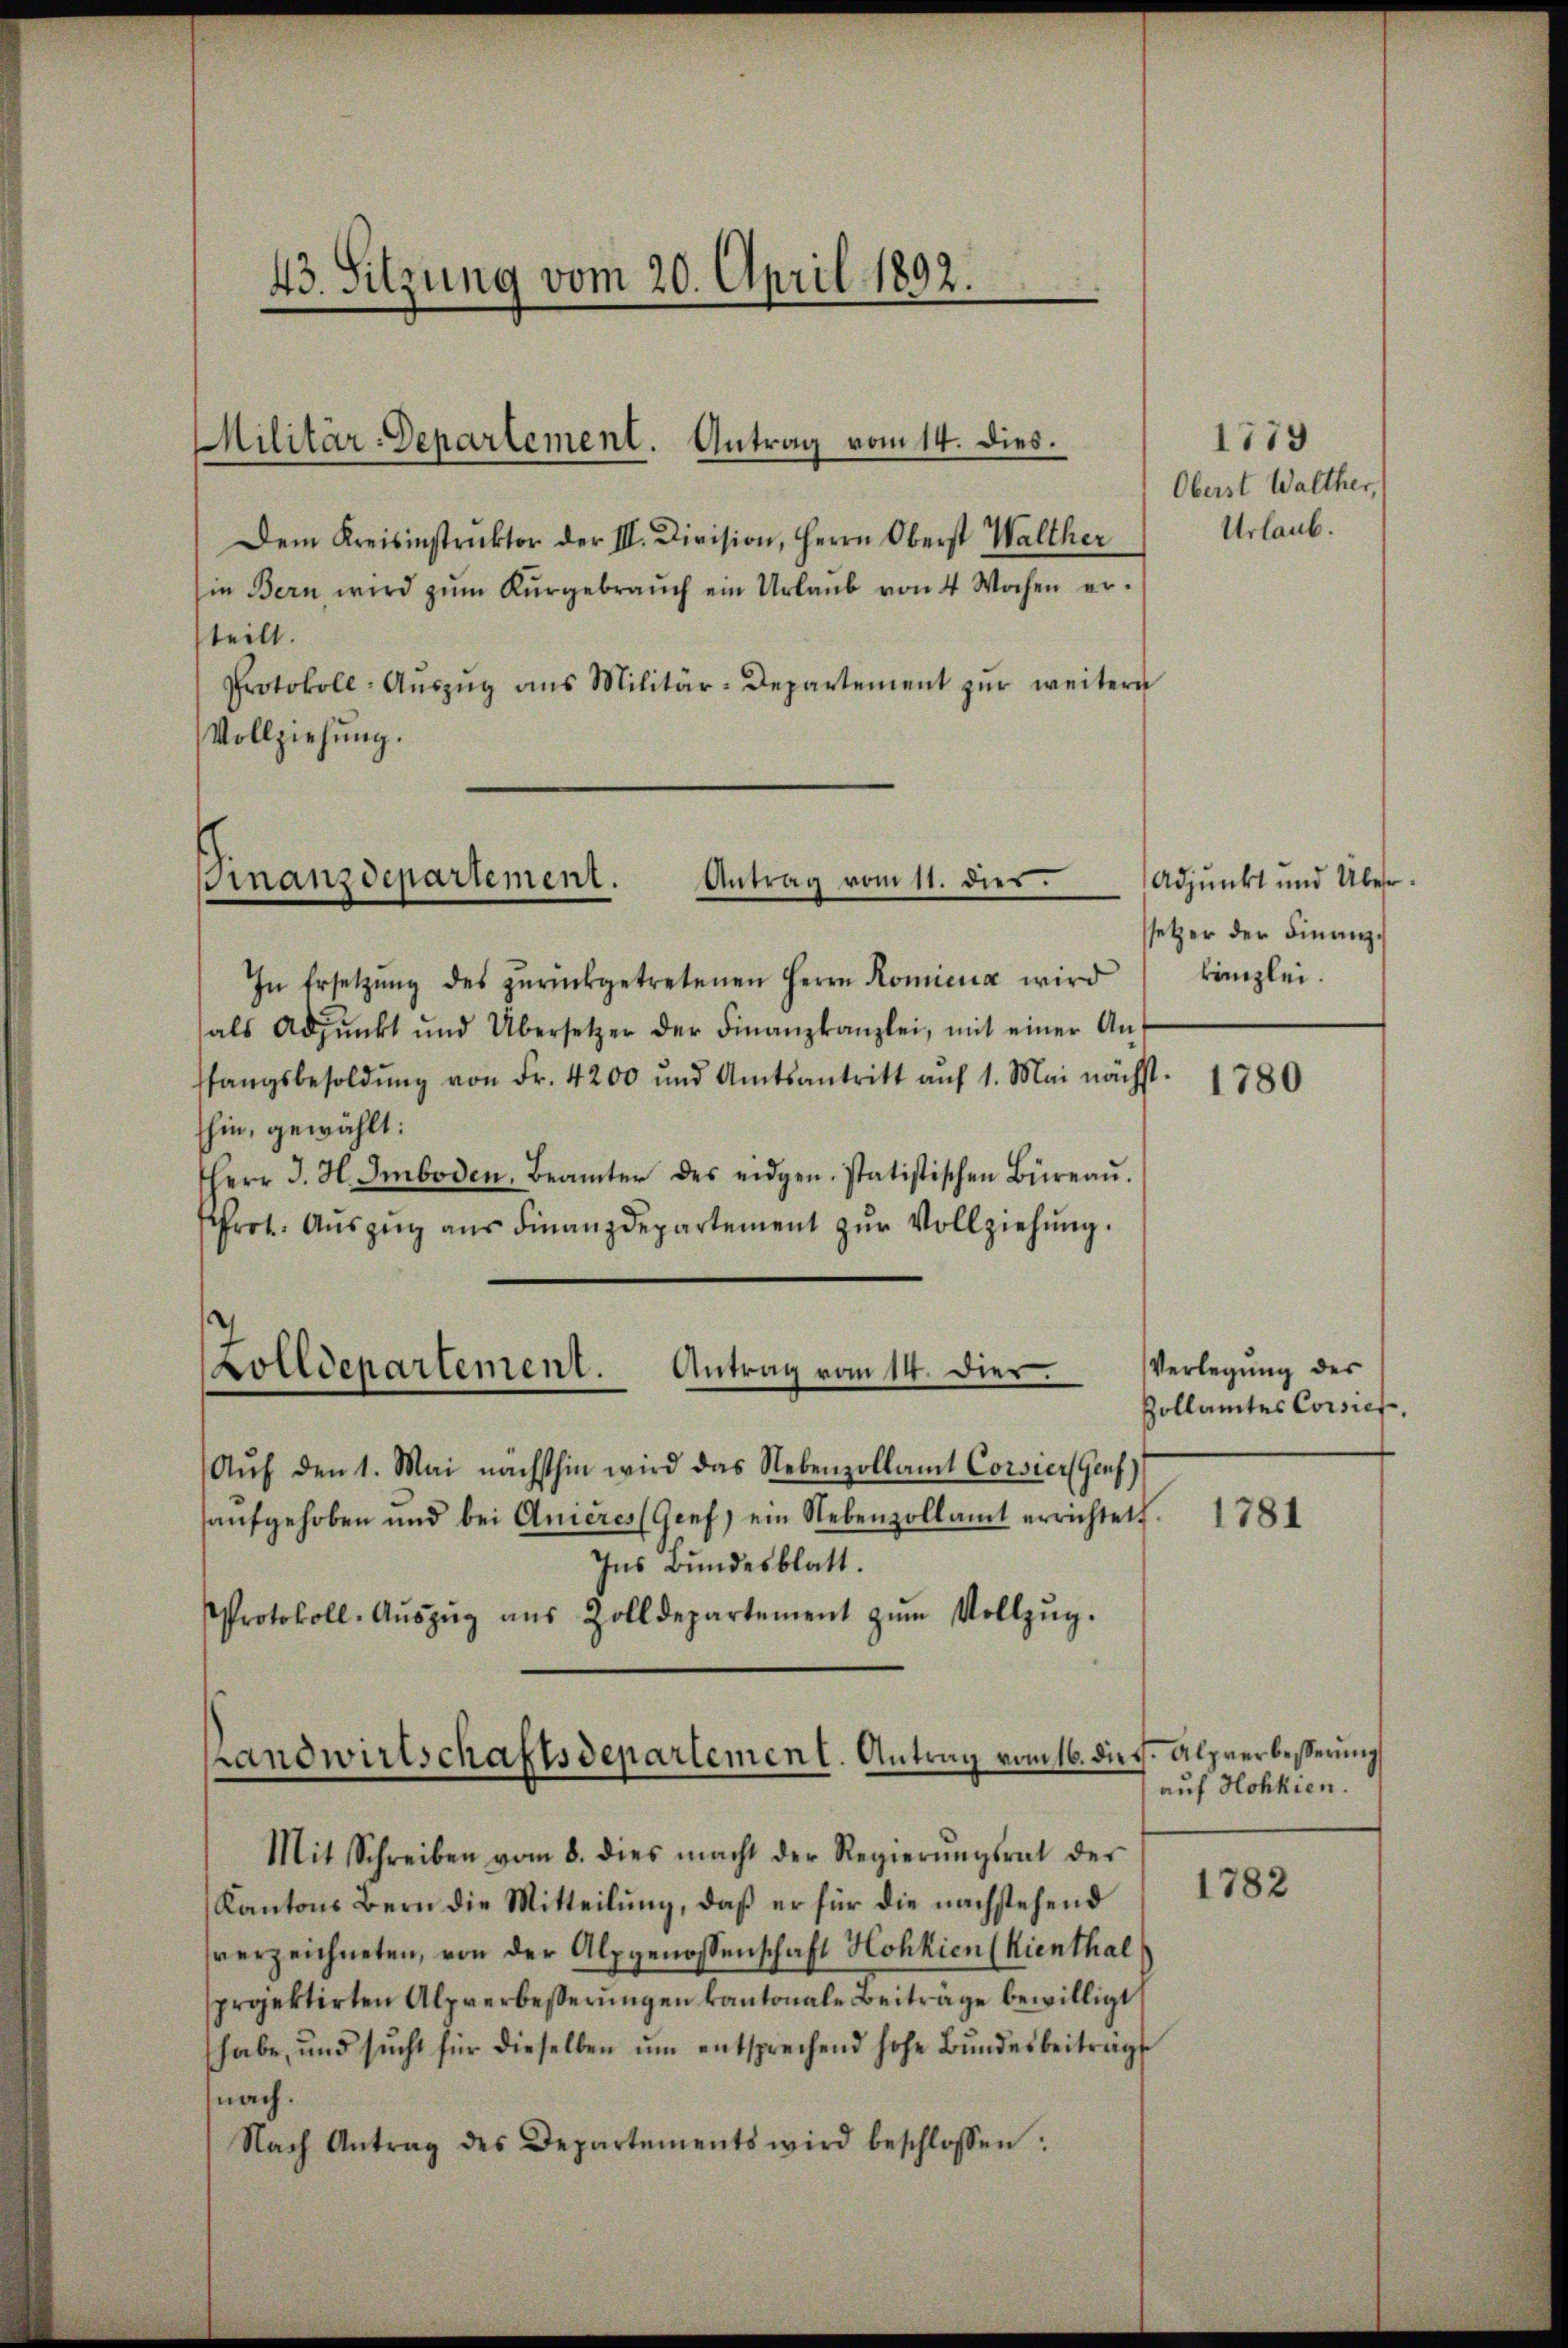
43. Sitzung vom 20. April 1892.

Dem Kreisinstruktor der II. Division, Herrn Oberst Walther
in Bern wird zŭm Kŭrgebrauch ein Urlaŭb von 4 Wochen er-
teilt.
Protokoll-Aŭszŭg ans Militär-Departement zŭr weitere
Vollziehung.

In Ersetzŭng des zŭrückgetretenen Herrn Koniena wird
als Adjunkt und Übersetzer der Finanzkanzlei, mit einer Aŭs
fangsbesoldŭng von Fr. 4200 und Amtsantritt aŭf 1. Mai nächst-
hin, gewählt:
HHerr J. H. Imboden, Beamter des eidgen. statistischen Büreaŭ.
frot. Auszug aus Finanzdepartement zur Vollziehung.

Militär-Departement. Antrag vom 14. dies.

Finanzdepartement.
Antrag vom 11. dies.

Zolldepartement. Antrag vom 14. Dier.

Aŭf den 1. Mai nächsthin wird das Nebenzollamt Corsier Genf)
haŭfgehoben und bei Anières (Gref) ein Nebenzollamt errichtet.
Ins Bundesblatt.
Protokoll-Aŭszŭg aŭs Zolldepartement zŭm Vollzŭg.

Landwirtschaftsdepartement. Antrag vom 16. die

Mit Schreiben vom 8. dies macht der Regierŭngsrat der
Kantons Bern die Mitteilung, daß er für die nachstehend
verzeichneten, von der Alpgenossenschaft Hohkien (Kienthal
projektirten Alpverbesserŭngen kantonale Beiträge bewilligt
habe, und sŭcht für dieselben ŭm entsprechend hohe Bŭndesbeitrags
nach.
Nach Antrag des Departements wird beschlossen:

1779
Oberst Walther,
Urlaub.

Adjunkt und Überr
setzer der Finanzkanzlei.

1780

Verlegung des
Zollamtes Corsief,

1781

Alprerbesserung
auf Hohhien.

1782